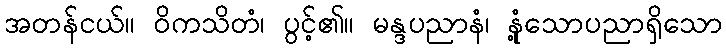
အတန်ငယ်။ ဝိကသိတံ၊ ပွင့်၏။ မန္ဒပညာနံ၊ နုံ့သောပညာရှိသော